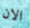
الان